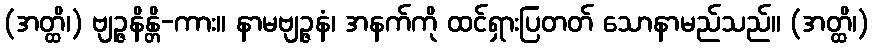
(အတ္ထိ၊) ဗျဉ္ဇနိန္တိ-ကား။ နာမဗျဉ္ဇနံ၊ အနက်ကို ထင်ရှားပြတတ် သောနာမည်သည်။ (အတ္ထိ၊)